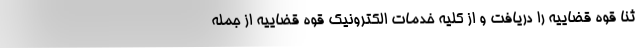
ثنا قوه قضاییه را دریافت و از کلیه خدمات الکترونیک قوه قضاییه از جمله